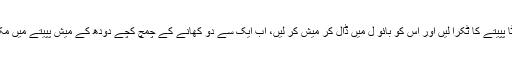
ایک چھوٹا پپیتے کا ٹکرا لیں اور اِس کو بائو ل میں ڈال کر میش کر لیں، اب ایک سے دو کھانے کے چمچ کچے دودھ کے میش پپیتے میں مکس کریں۔